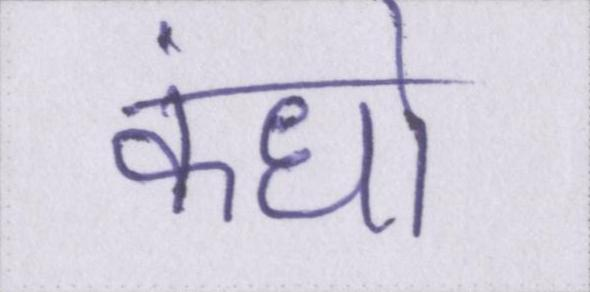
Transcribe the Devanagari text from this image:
कंधो